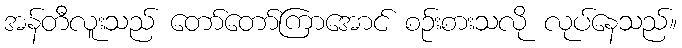
အန်တီလူးသည် တော်တော်ကြာအောင် စဉ်းစားသလို လုပ်နေသည်။